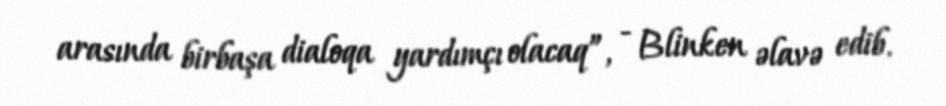
arasında birbaşa dialoqa yardımçı olacaq”, - Blinken əlavə edib.